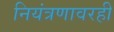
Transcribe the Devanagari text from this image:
नियंत्रणावरही